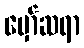
မှော်ဆရာ